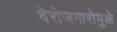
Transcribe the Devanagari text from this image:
बेरोजगारोमुळे